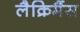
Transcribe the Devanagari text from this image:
लैक्रिमैंस